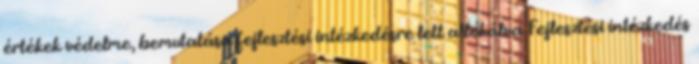
értékek védelme, bemutatása fejlesztési intézkedésre lett allokálva Fejlesztési intézkedés